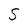
Character: S